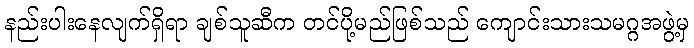
နည်းပါးနေလျက်ရှိရာ ချစ်သူဆီက တင်ပို့မည်ဖြစ်သည် ကျောင်းသားသမဂ္ဂအဖွဲ့မှ